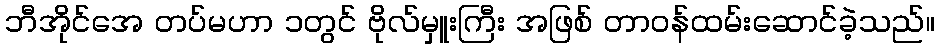
ဘီအိုင်အေ တပ်မဟာ ၁တွင် ဗိုလ်မှူးကြီး အဖြစ် တာဝန်ထမ်းဆောင်ခဲ့သည်။